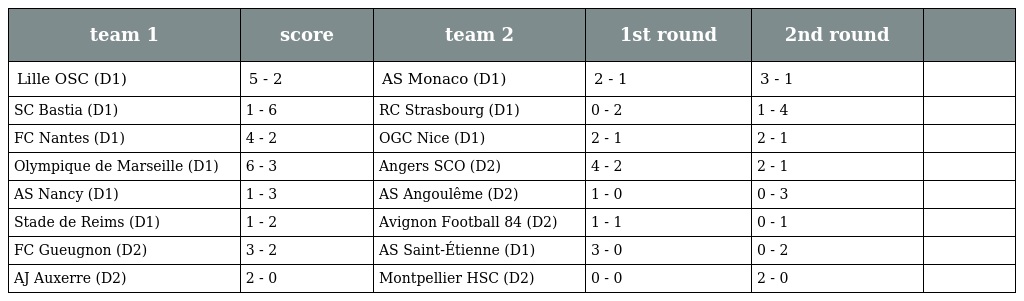
| team 1 | score | team 2 | 1st round | 2nd round |  |
 | --- | --- | --- | --- | --- | --- |
 | Lille OSC (D1) | 5 - 2 | AS Monaco (D1) | 2 - 1 | 3 - 1 |  |
 | SC Bastia (D1) | 1 - 6 | RC Strasbourg (D1) | 0 - 2 | 1 - 4 |  |
 | FC Nantes (D1) | 4 - 2 | OGC Nice (D1) | 2 - 1 | 2 - 1 |  |
 | Olympique de Marseille (D1) | 6 - 3 | Angers SCO (D2) | 4 - 2 | 2 - 1 |  |
 | AS Nancy (D1) | 1 - 3 | AS Angoulême (D2) | 1 - 0 | 0 - 3 |  |
 | Stade de Reims (D1) | 1 - 2 | Avignon Football 84 (D2) | 1 - 1 | 0 - 1 |  |
 | FC Gueugnon (D2) | 3 - 2 | AS Saint-Étienne (D1) | 3 - 0 | 0 - 2 |  |
 | AJ Auxerre (D2) | 2 - 0 | Montpellier HSC (D2) | 0 - 0 | 2 - 0 |  |